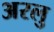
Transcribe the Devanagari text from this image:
अरलु